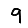
Digit: 9